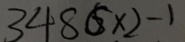
3 4 8 6 \times 2 - 1